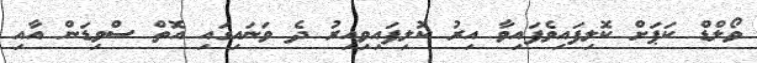
ވޯލްޑް ކަޕަށް ކޮލިފައިވެފައިވާ އިރު ކޮލިފައިވިއިރު ދެ ވަނައިގައި އޮތް ސްވިޑަން އާއި